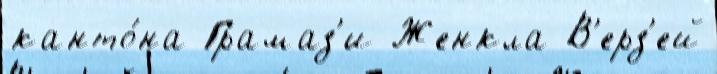
канто́на Грамаз'и Женкла В'ерз'ей